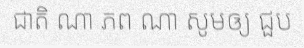
ជាតិ ណា ភព ណា សូមឲ្យ ជួប